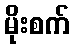
မိုးစက်